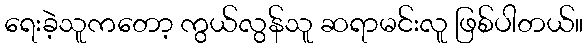
ရေးခဲ့သူကတော့ ကွယ်လွန်သူ ဆရာမင်းလူ ဖြစ်ပါတယ်။